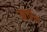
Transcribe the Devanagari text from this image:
आचीन